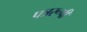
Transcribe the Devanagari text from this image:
पत्ररूपी